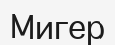
Мигер